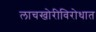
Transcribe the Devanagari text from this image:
लाचखोरीविरोधात